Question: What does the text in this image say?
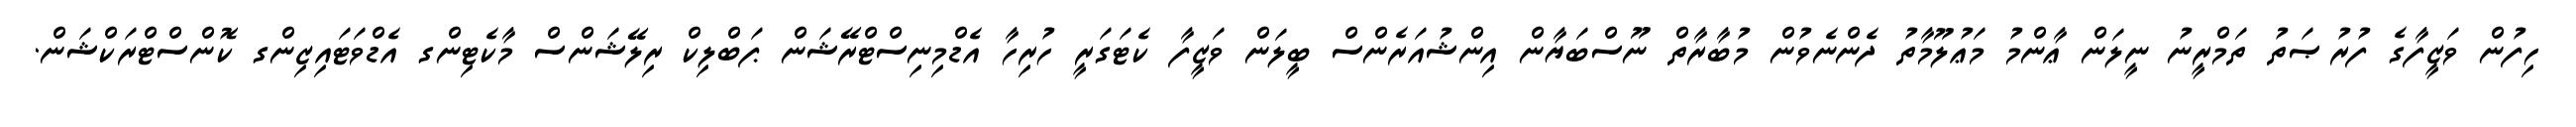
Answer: ހިފުން ވަޒީފާގެ ފުރުޞަތު ތަމްރީނު ނީލަން ޢާންމު މަޢުލޫމާތު ދެންނެވުން މުބާރާތް ނޫސްބަޔާން އިންޝުއަރެންސް ބީލަން ވަޒީފާ ކެޓަގަރީ ހުރިހާ އެޑްމިނިސްޓްރޭޝަން ޕަބްލިކް ރިލޭޝަންސް މާކެޓިންގ އެޑްވަޓައިޒިންގ ކޮންސްޓްރަކްޝަން.